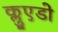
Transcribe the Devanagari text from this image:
क्लुएडो